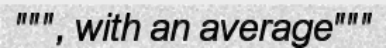
""", with an average"""